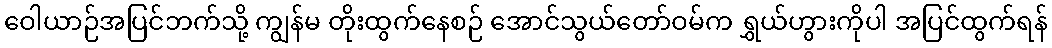
ဝေါယာဉ်အပြင်ဘက်သို့ ကျွန်မ တိုးထွက်နေစဉ် အောင်သွယ်တော်ဝမ်က ရွှယ်ဟွားကိုပါ အပြင်ထွက်ရန်